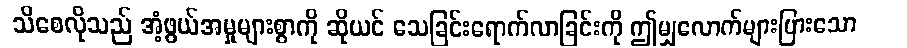
သိစေလိုသည် အံ့ဖွယ်အမှုများစွာကို ဆိုယင် သေခြင်းရောက်လာခြင်းကို ဤမျှလောက်များပြားသော